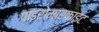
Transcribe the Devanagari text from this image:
पाइरोमारफाइट